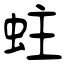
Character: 蛀